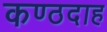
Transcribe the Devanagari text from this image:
कण्ठदाह